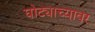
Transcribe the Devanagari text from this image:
घोट्याच्यावर